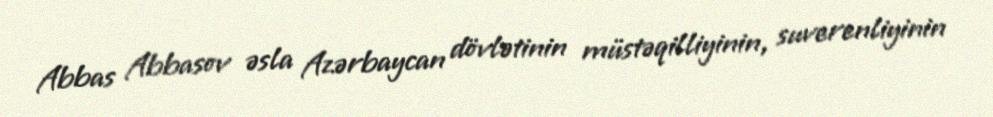
Abbas Abbasov əsla Azərbaycan dövlətinin müstəqilliyinin, suverenliyinin